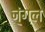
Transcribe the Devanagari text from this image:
ज्ंगल